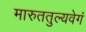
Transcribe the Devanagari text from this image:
मारुततुल्यवेगं